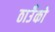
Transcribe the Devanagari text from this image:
ठाउँको